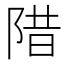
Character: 𱀗